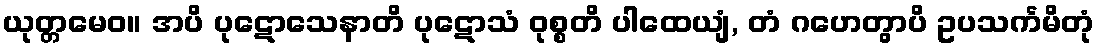
ယုတ္တမေဝ။ အပိ ပုဋောသေနာတိ ပုဋောသံ ဝုစ္စတိ ပါထေယျံ, တံ ဂဟေတွာပိ ဥပသင်္ကမိတုံ